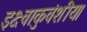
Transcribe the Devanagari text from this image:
इक्ष्वाकुवंशीय।